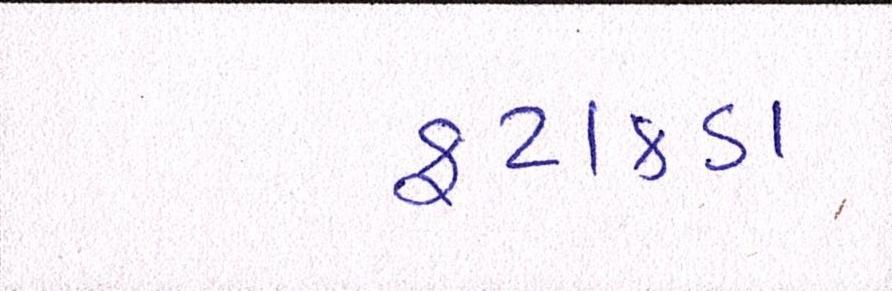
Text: ફટાકડા